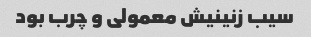
سیب زنینیش معمولی و چرب بود